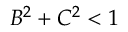
B ^ { 2 } + C ^ { 2 } < 1